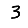
Digit: 3